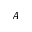
{ \cal A }